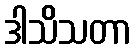
ဒါသိသတာ